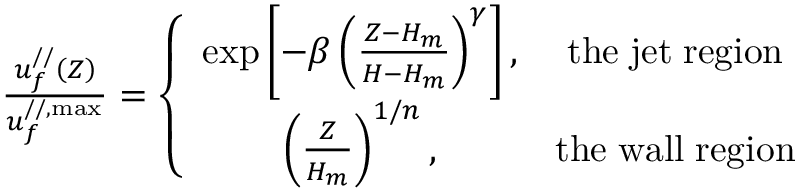
\begin{array} { r } { \frac { u _ { f } ^ { / / } \left( Z \right) } { u _ { f } ^ { / / , \operatorname* { m a x } } } = \left\{ \begin{array} { c c } { \mathrm { e x p } \left[ - \beta \left( \frac { Z - H _ { m } } { H - H _ { m } } \right) ^ { \gamma } \right] , } & { \mathrm { t h e \; j e t \; r e g i o n } } \\ { \left( \frac { Z } { H _ { m } } \right) ^ { 1 / n } , } & { \mathrm { t h e \; w a l l \; r e g i o n } } \end{array} \right. } \end{array}